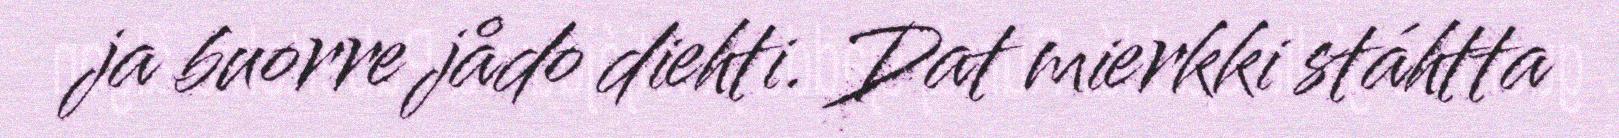
ja buorre jådo diehti. Dat mierkki stáhtta